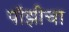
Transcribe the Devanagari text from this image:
पॉझीचा